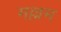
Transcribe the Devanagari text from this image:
मल्लम